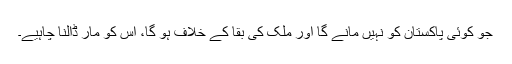
جو کوئی پاکستان کو نہیں مانے گا اور ملک کی بقا کے خلاف ہو گا، اس کو مار ڈالنا چاہیے۔